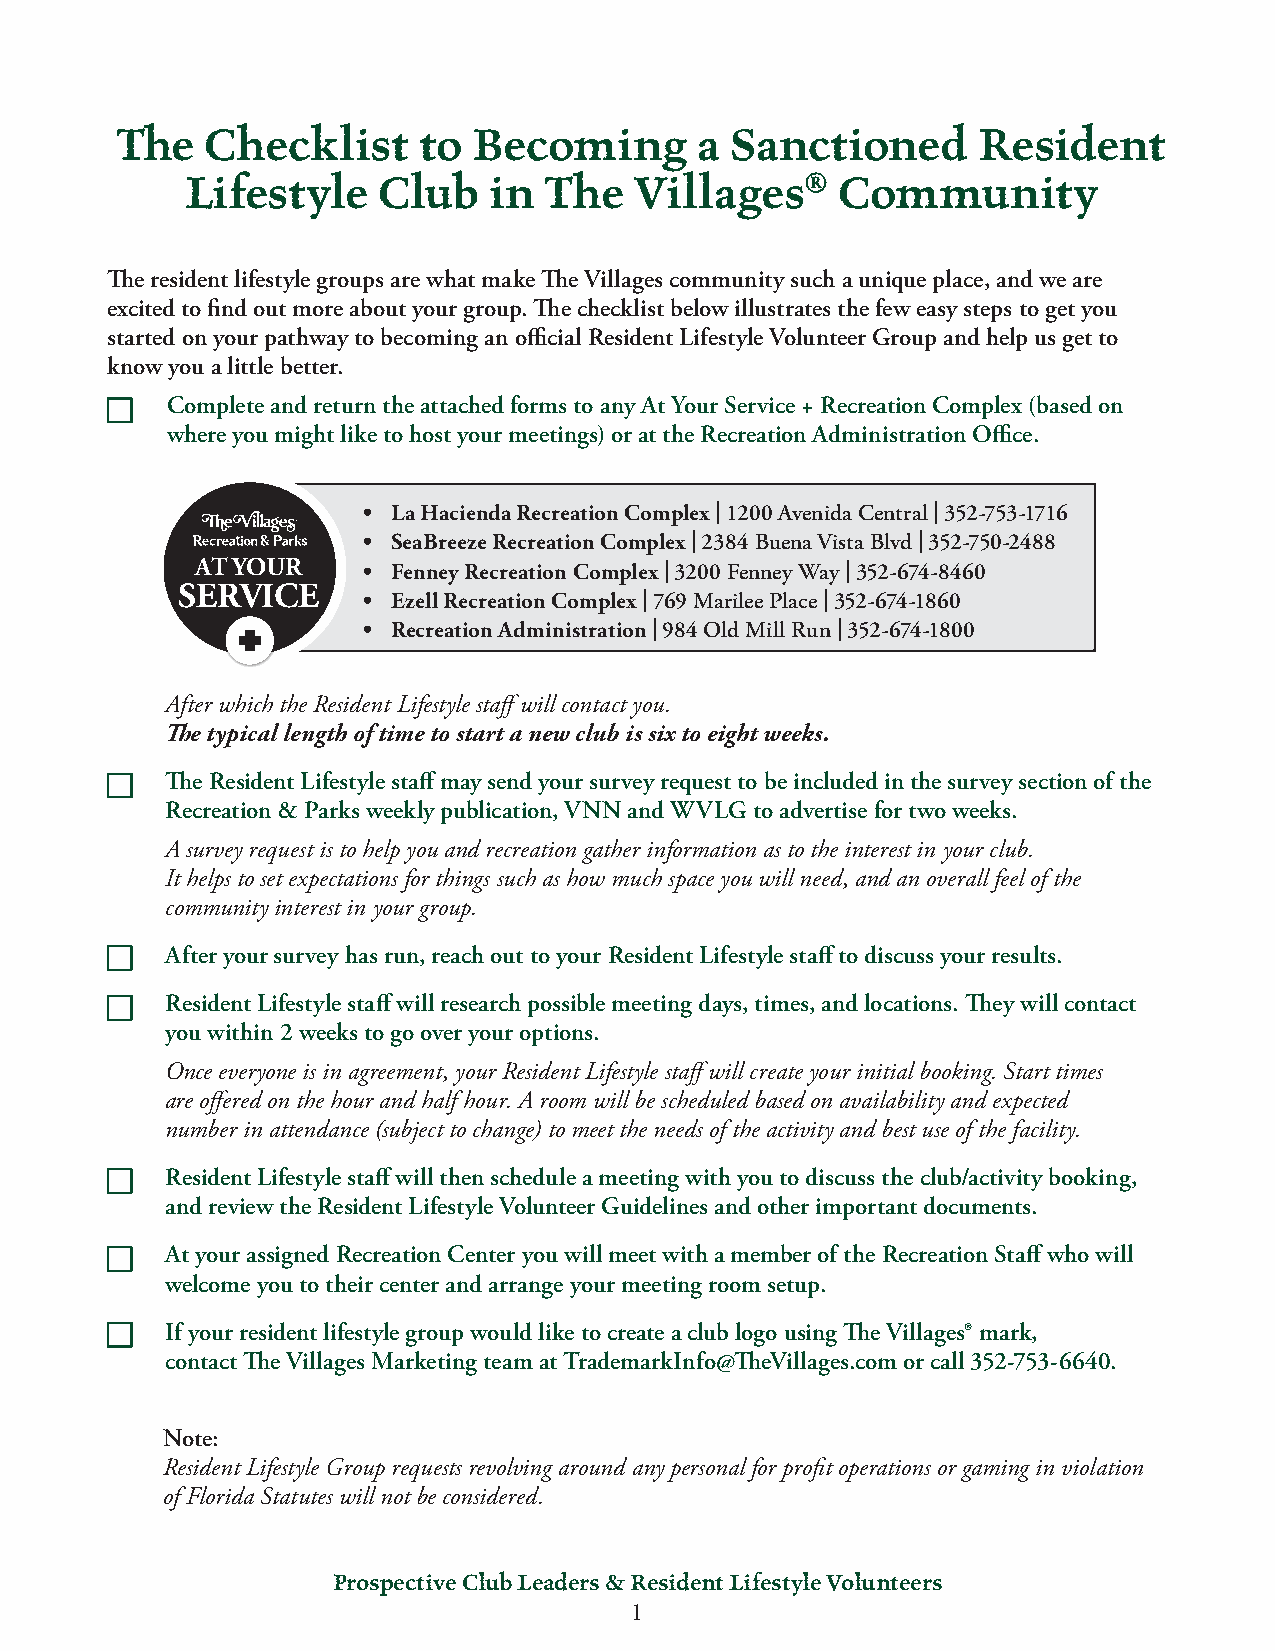
The   Checklist     to Becoming       a Sanctioned       Resident
 Lifestyle    Club   in  The   Villages®    Community
 The resident lifestyle groups are what make The Villages community such a unique place, and we are
 excited to find out more about your group. The checklist below illustrates the few easy steps to get you
 started on your pathway to becoming an official Resident Lifestyle Volunteer Group and help us get to
 know you a little better.
 Complete and return the attached forms to any At Your Service + Recreation Complex (based on
 where you might like to host your meetings) or at the Recreation Administration Office.
 • La Hacienda Recreation Complex | 1200 Avenida Central | 352-753-1716
 • SeaBreeze Recreation Complex | 2384 Buena Vista Blvd | 352-750-2488
 AT YOUR    • Fenney Recreation Complex | 3200 Fenney Way | 352-674-8460
 SERVICE
 • Ezell Recreation Complex | 769 Marilee Place | 352-674-1860
 • Recreation Administration | 984 Old Mill Run | 352-674-1800
 After which the Resident Lifestyle staff will contact you.
 The typical length of time to start a new club is six to eight weeks.
 The Resident Lifestyle staff may send your survey request to be included in the survey section of the
 Recreation & Parks weekly publication, VNN and WVLG to advertise for two weeks.
 A survey request is to help you and recreation gather information as to the interest in your club.
 It helps to set expectations for things such as how much space you will need, and an overall feel of the
 community interest in your group.
 After your survey has run, reach out to your Resident Lifestyle staff to discuss your results.
 Resident Lifestyle staff will research possible meeting days, times, and locations. They will contact
 you within 2 weeks to go over your options.
 Once everyone is in agreement, your Resident Lifestyle staff will create your initial booking. Start times
 are offered on the hour and half hour. A room will be scheduled based on availability and expected
 number in attendance (subject to change) to meet the needs of the activity and best use of the facility.
 Resident Lifestyle staff will then schedule a meeting with you to discuss the club/activity booking,
 and review the Resident Lifestyle Volunteer Guidelines and other important documents.
 At your assigned Recreation Center you will meet with a member of the Recreation Staff who will
 welcome you to their center and arrange your meeting room setup.
 If your resident lifestyle group would like to create a club logo using The Villages® mark,
 contact The Villages Marketing team at TrademarkInfo@TheVillages.com or call 352-753-6640.
 Note:
 Resident Lifestyle Group requests revolving around any personal for profit operations or gaming in violation
 of Florida Statutes will not be considered.
 Prospective Club Leaders & Resident Lifestyle Volunteers
 1